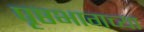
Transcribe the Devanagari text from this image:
पृष्ठभागच्या